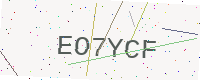
Text: EO7YCF